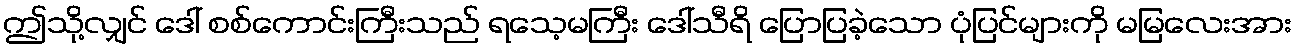
ဤသို့လျှင် ဒေါ် စစ်ကောင်းကြီးသည် ရသေ့မကြီး ဒေါ်သီရိ ပြောပြခဲ့သော ပုံပြင်များကို မမြလေးအား